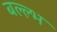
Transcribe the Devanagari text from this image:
बल्ल्भ